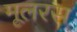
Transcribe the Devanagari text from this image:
मूलरस